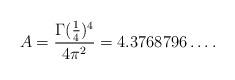
LaTeX: \begin{align*}A=\frac{\Gamma(\tfrac14)^4}{4\pi^2}=4.3768796\dots.\end{align*}